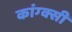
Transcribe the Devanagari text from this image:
कांग्क्सी